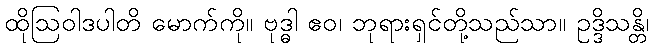
ထိုဩဝါဒပါတိ မောက်ကို။ ဗုဒ္ဓါ ဧဝ၊ ဘုရားရှင်တို့သည်သာ။ ဥဒ္ဒိသန္တိ၊